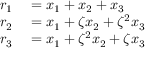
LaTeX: \begin{array} { r l } { r _ { 1 } } & { { } = x _ { 1 } + x _ { 2 } + x _ { 3 } } \\ { r _ { 2 } } & { { } = x _ { 1 } + \zeta x _ { 2 } + \zeta ^ { 2 } x _ { 3 } } \\ { r _ { 3 } } & { { } = x _ { 1 } + \zeta ^ { 2 } x _ { 2 } + \zeta x _ { 3 } } \end{array}